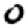
Digit: 0